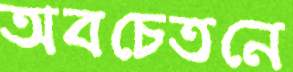
অবচেতনে